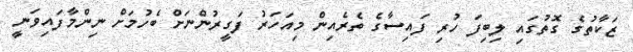
ޒަކާތުގެ ގޮތުގައި ލިބިފަ ހުރި ފައިސާގެ ތެރެއިން މިއަހަރު ފަގީރުންނަށް ބެހުމަށް ނިންމާފައިވަނީ